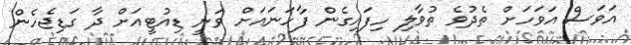
އަވަސް އަވަހަށް ތެދުވެ ތުވާލި ހިފައިގެން ފާހަނައަށް ވަނީ ޑިއުޓީއަށް ދާ ގަޑިޖެހެން